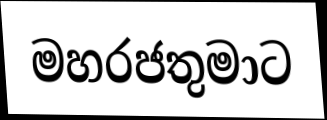
මහරජතුමාට